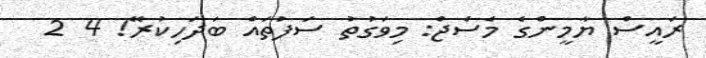
ރަައީސް ޔާމީންގެ މެސެޖް: މިވަގުތު ސަފުތައް ބަދަހިކުރޭ! 4 2